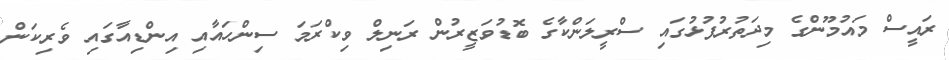
ރައީސް މައުމޫންގެ މިދަތުރުފުޅުގައި ސްރީލަންކާގެ ބޮޑުވަޒީރުން ރަނިލް ވިކްރަމަ ސިންހައާއި އިންޑިއާގައި ވެރިކަން